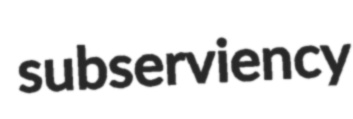
subserviency